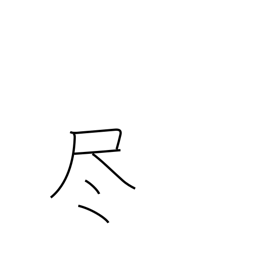
Meaning: deplete